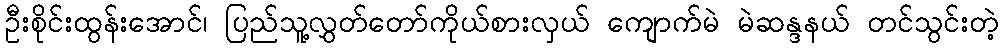
ဦးစိုင်းထွန်းအောင်၊ ပြည်သူ့လွှတ်တော်ကိုယ်စားလှယ် ကျောက်မဲ မဲဆန္ဒနယ် တင်သွင်းတဲ့